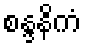
စန္ဒနိကံ